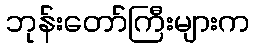
ဘုန်းတော်ကြီးများက